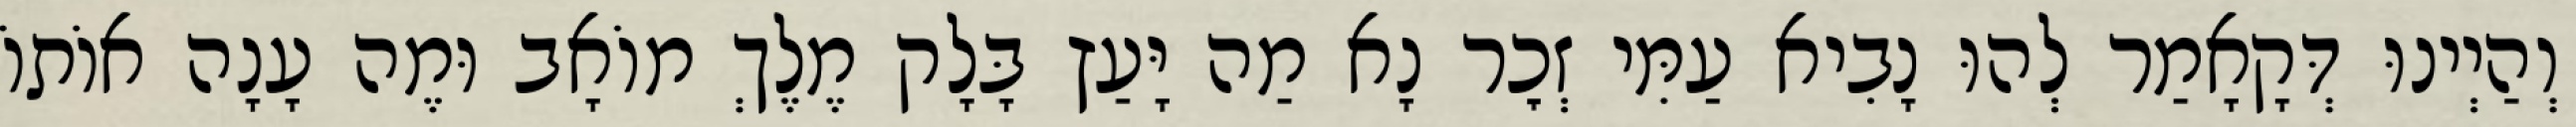
וְהַיְינוּ דְּקָאָמַר לְהוּ נָבִיא עַמִּי זְכׇר נָא מַה יָּעַץ בָּלָק מֶלֶךְ מוֹאָב וּמֶה עָנָה אוֹתוֹ